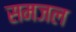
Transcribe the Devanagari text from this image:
समजल